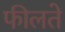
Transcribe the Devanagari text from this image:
फीलते